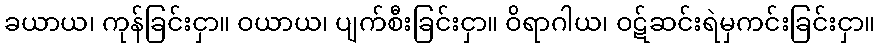
ခယာယ၊ ကုန်ခြင်းငှာ။ ဝယာယ၊ ပျက်စီးခြင်းငှာ။ ဝိရာဂါယ၊ ဝဋ်ဆင်းရဲမှကင်းခြင်းငှာ။